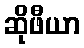
ဆိုဖီယာ